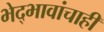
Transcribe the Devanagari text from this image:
भेद्भावांचाही